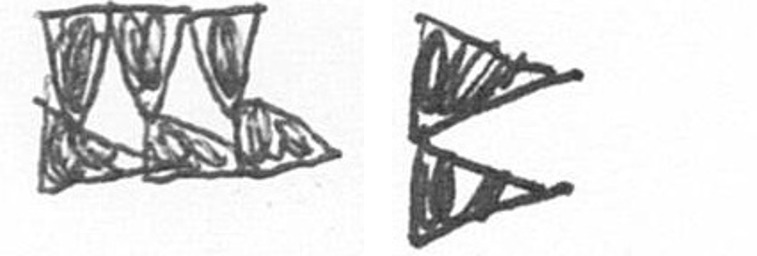
D P